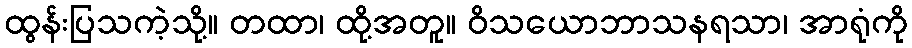
ထွန်းပြသကဲ့သို့။ တထာ၊ ထို့အတူ။ ဝိသယောဘာသနရသာ၊ အာရုံကို